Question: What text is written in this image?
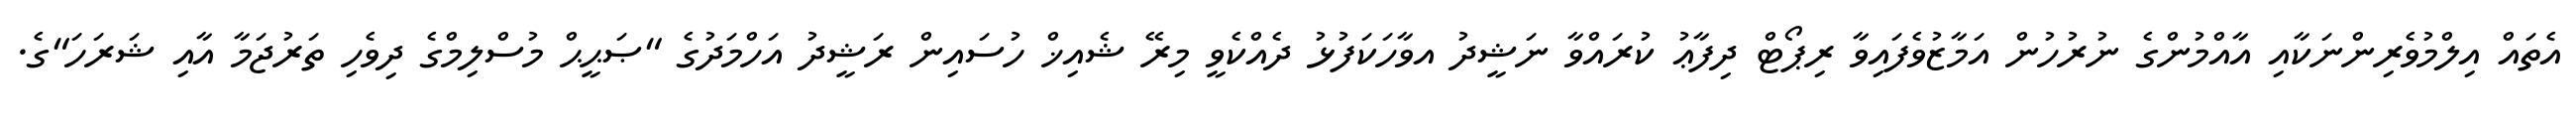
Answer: އެތައް އިލްމުވެރިންނަކާއި އާއްމުންގެ ނުރުހުން އަމާޒުވެފައިވާ ރިޕޯޓް ދިފާޢު ކުރައްވާ ނަޝީދު އވާހަކަފުޅު ދެއްކެވީ މިރޭ ޝެއިޚް ހުސައިން ރަޝީދު އަހްމަދުގެ "ޞަޙީޙް މުސްލިމްގެ ދިވެހި ތަރުޖަމާ އާއި ޝަރަހަ"ގެ.